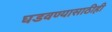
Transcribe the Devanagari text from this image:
घडवण्यासाठीही